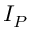
I _ { P }